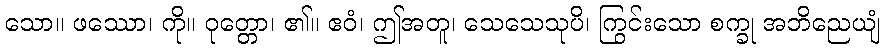
သော။ ဖဿော၊ ကို။ ဝုတ္တော၊ ၏။ ဧဝံ၊ ဤအတူ၊ သေသေသုပိ၊ ကြွင်းသော စက္ခု အဘိညေယျံ